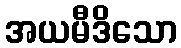
အယမီဒိသော